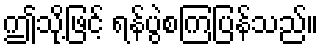
ဤသို့ဖြင့် ရန်ပွဲစကြပြန်သည်။